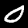
Digit: 0